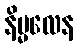
နိမ္မလေန